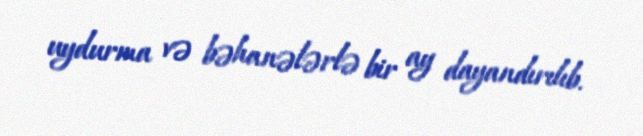
uydurma və bəhanələrlə bir ay dayandırılıb.